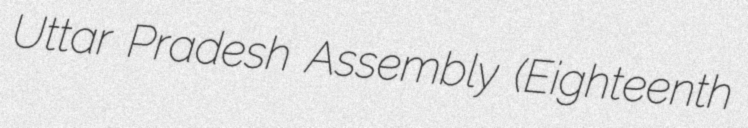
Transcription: Uttar Pradesh Assembly (Eighteenth